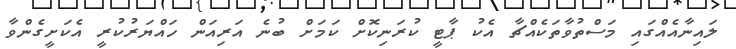
ލައިނާއެއްގައި މަސްތުވާތަކެއްޗާ އެކު ޕާޓީ ކުރަނިކޮށް ކަމަށް ބުނެ އަރިއަން ހައްޔަރުކުރީ އެކަށީގެންވާ